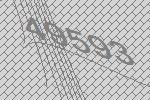
49593